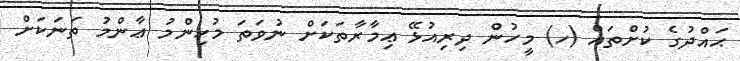
ޙައްދުގެ ކުށްތައް (ހ) މީހުން ދިރިއުޅޭ ޢިމާރާތަކަށް ނުވަތަ މުހިންމު ޢާންމު ތަނަކަށް